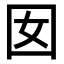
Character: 囡